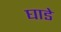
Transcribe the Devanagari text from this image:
घाडे